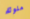
ملوثة